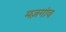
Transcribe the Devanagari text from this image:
मज़गांव